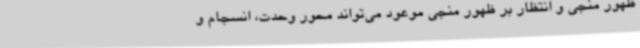
ظهور منجی و انتظار بر ظهور منجی موعود می‌تواند محور وحدت، انسجام و